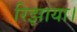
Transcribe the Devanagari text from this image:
रिझाया।